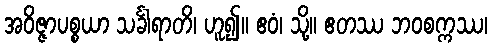
အဝိဇ္ဇာပစ္စယာ သင်္ခါရာတိ၊ ဟူ၍။ ဧဝံ၊ သို့။ ဧတဿ ဘဝစက္ကဿ၊